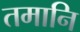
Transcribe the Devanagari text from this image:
तमानि